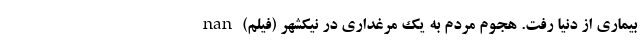
بیماری از دنیا رفت. هجوم مردم به یک مرغداری در نیکشهر (فیلم) nan